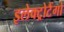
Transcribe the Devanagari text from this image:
इलेक्ट्रोटैंगो